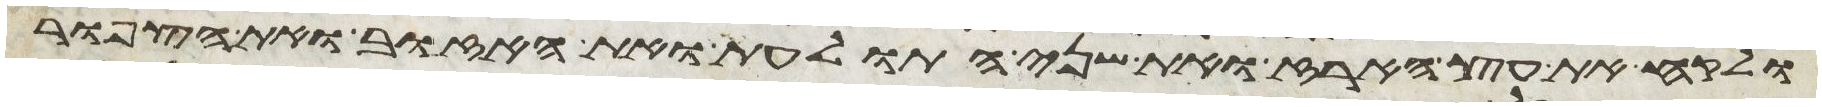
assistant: ולקח את עץ הארז ואת שני התולעת ואת האזוב ואת הצפור